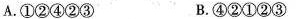
A.①②④②③ B.④②①②③